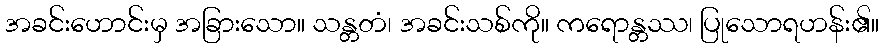
အခင်းဟောင်းမှ အခြားသော။ သန္တတံ၊ အခင်းသစ်ကို။ ကရောန္တဿ၊ ပြုသောရဟန်း၏။